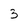
Character: 3